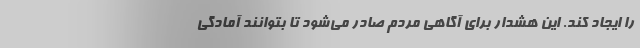
را ایجاد کند. این هشدار برای آگاهی مردم صادر می‌شود تا بتوانند آمادگی